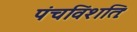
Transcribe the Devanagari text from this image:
पंचविंशतिः